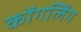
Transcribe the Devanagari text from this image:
कोंगलिंग